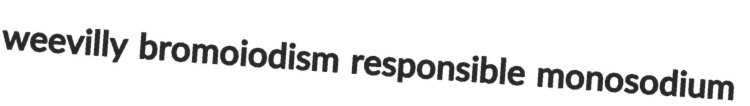
weevilly bromoiodism responsible monosodium